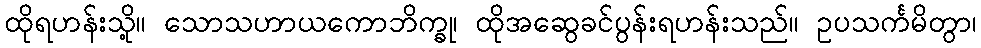
ထိုရဟန်းသို့။ သောသဟာယကောဘိက္ခု၊ ထိုအဆွေခင်ပွန်းရဟန်းသည်။ ဥပသင်္ကမိတွာ၊